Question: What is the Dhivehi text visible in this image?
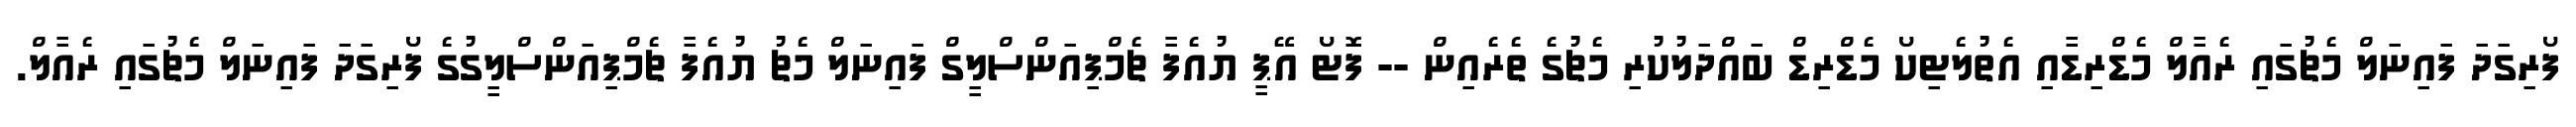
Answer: ފޯރިގަދަ ފައިނަލް މެޗުގައި ރެއާލް މެޑްރިޑާއި އެތުލެޓިކޯ މެޑްރިޑް ބައްދަލުކުރި މެޗުގެ ތެރެއިން -- ފޮޓޯ އޭޕީ ޔުއެފާ ޗެމްޕިއަންސްލީގް ފައިނަލް މެޗު ޔުއެފާ ޗެމްޕިއަންސްލީގުގެ ފޯރިގަދަ ފައިނަލް މެޗުގައި ރެއާލް.